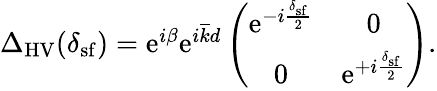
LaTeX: \begin{array}{r}{\Delta_{\mathrm{HV}}(\delta_{\mathrm{sf}})=\mathrm{e}^{i\beta}\mathrm{e}^{i\overline{{k}}d}\left(\begin{array}{cc}{\mathrm{e}^{-i\frac{\delta_{\mathrm{sf}}}{2}}}&{0}\\ {0}&{\mathrm{e}^{+i\frac{\delta_{\mathrm{sf}}}{2}}}\end{array}\right).}\end{array}